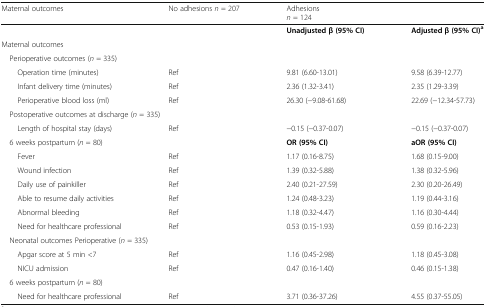
| Maternal outcomes | No adhesions n = 207 | <COLSPAN=2> Adhesionsn = 124 |
 | --- | --- | --- | --- |
 |  |  | Unadjusted β (95% CI) | Adjusted β (95% CI)a |
 | <COLSPAN=4> Maternal outcomes |
 | <COLSPAN=4> Perioperative outcomes (n = 335) |
 | Operation time (minutes) | Ref | 9.81 (6.60-13.01) | 9.58 (6.39-12.77) |
 | Infant delivery time (minutes) | Ref | 2.36 (1.32-3.41) | 2.35 (1.29-3.39) |
 | Perioperative blood loss (ml) | Ref | 26.30 (−9.08-61.68) | 22.69 (−12.34-57.73) |
 | <COLSPAN=4> Postoperative outcomes at discharge (n = 335) |
 | Length of hospital stay (days) | Ref | −0.15 (−0.37-0.07) | −0.15 (−0.37-0.07) |
 | 6 weeks postpartum (n = 80) |  | OR (95% CI) | aOR (95% CI) |
 | Fever | Ref | 1.17 (0.16-8.75) | 1.68 (0.15-9.00) |
 | Wound infection | Ref | 1.39 (0.32-5.88) | 1.38 (0.32-5.96) |
 | Daily use of painkiller | Ref | 2.40 (0.21-27.59) | 2.30 (0.20-26.49) |
 | Able to resume daily activities | Ref | 1.24 (0.48-3.23) | 1.19 (0.44-3.16) |
 | Abnormal bleeding | Ref | 1.18 (0.32-4.47) | 1.16 (0.30-4.44) |
 | Need for healthcare professional | Ref | 0.53 (0.15-1.93) | 0.59 (0.16-2.23) |
 | <COLSPAN=4> Neonatal outcomes Perioperative (n = 335) |
 | Apgar score at 5 min <7 | Ref | 1.16 (0.45-2.98) | 1.18 (0.45-3.08) |
 | NICU admission | Ref | 0.47 (0.16-1.40) | 0.46 (0.15-1.38) |
 | <COLSPAN=4> 6 weeks postpartum (n = 80) |
 | Need for healthcare professional | Ref | 3.71 (0.36-37.26) | 4.55 (0.37-55.05) |